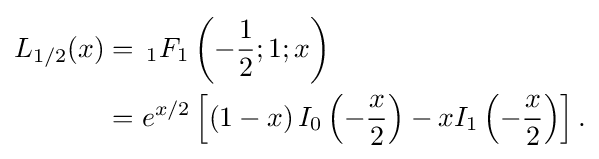
{\begin{aligned}L_{1/2}(x)&=\,_{1}F_{1}\left(-{\frac {1}{2}};1;x\right)\\&=e^{x/2}\left[\left(1-x\right)I_{0}\left(-{\frac {x}{2}}\right)-xI_{1}\left(-{\frac {x}{2}}\right)\right].\end{aligned}}